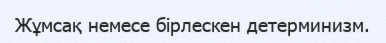
Жұмсақ немесе бірлескен детерминизм.